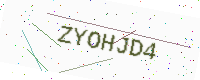
Text: ZYOHJD4